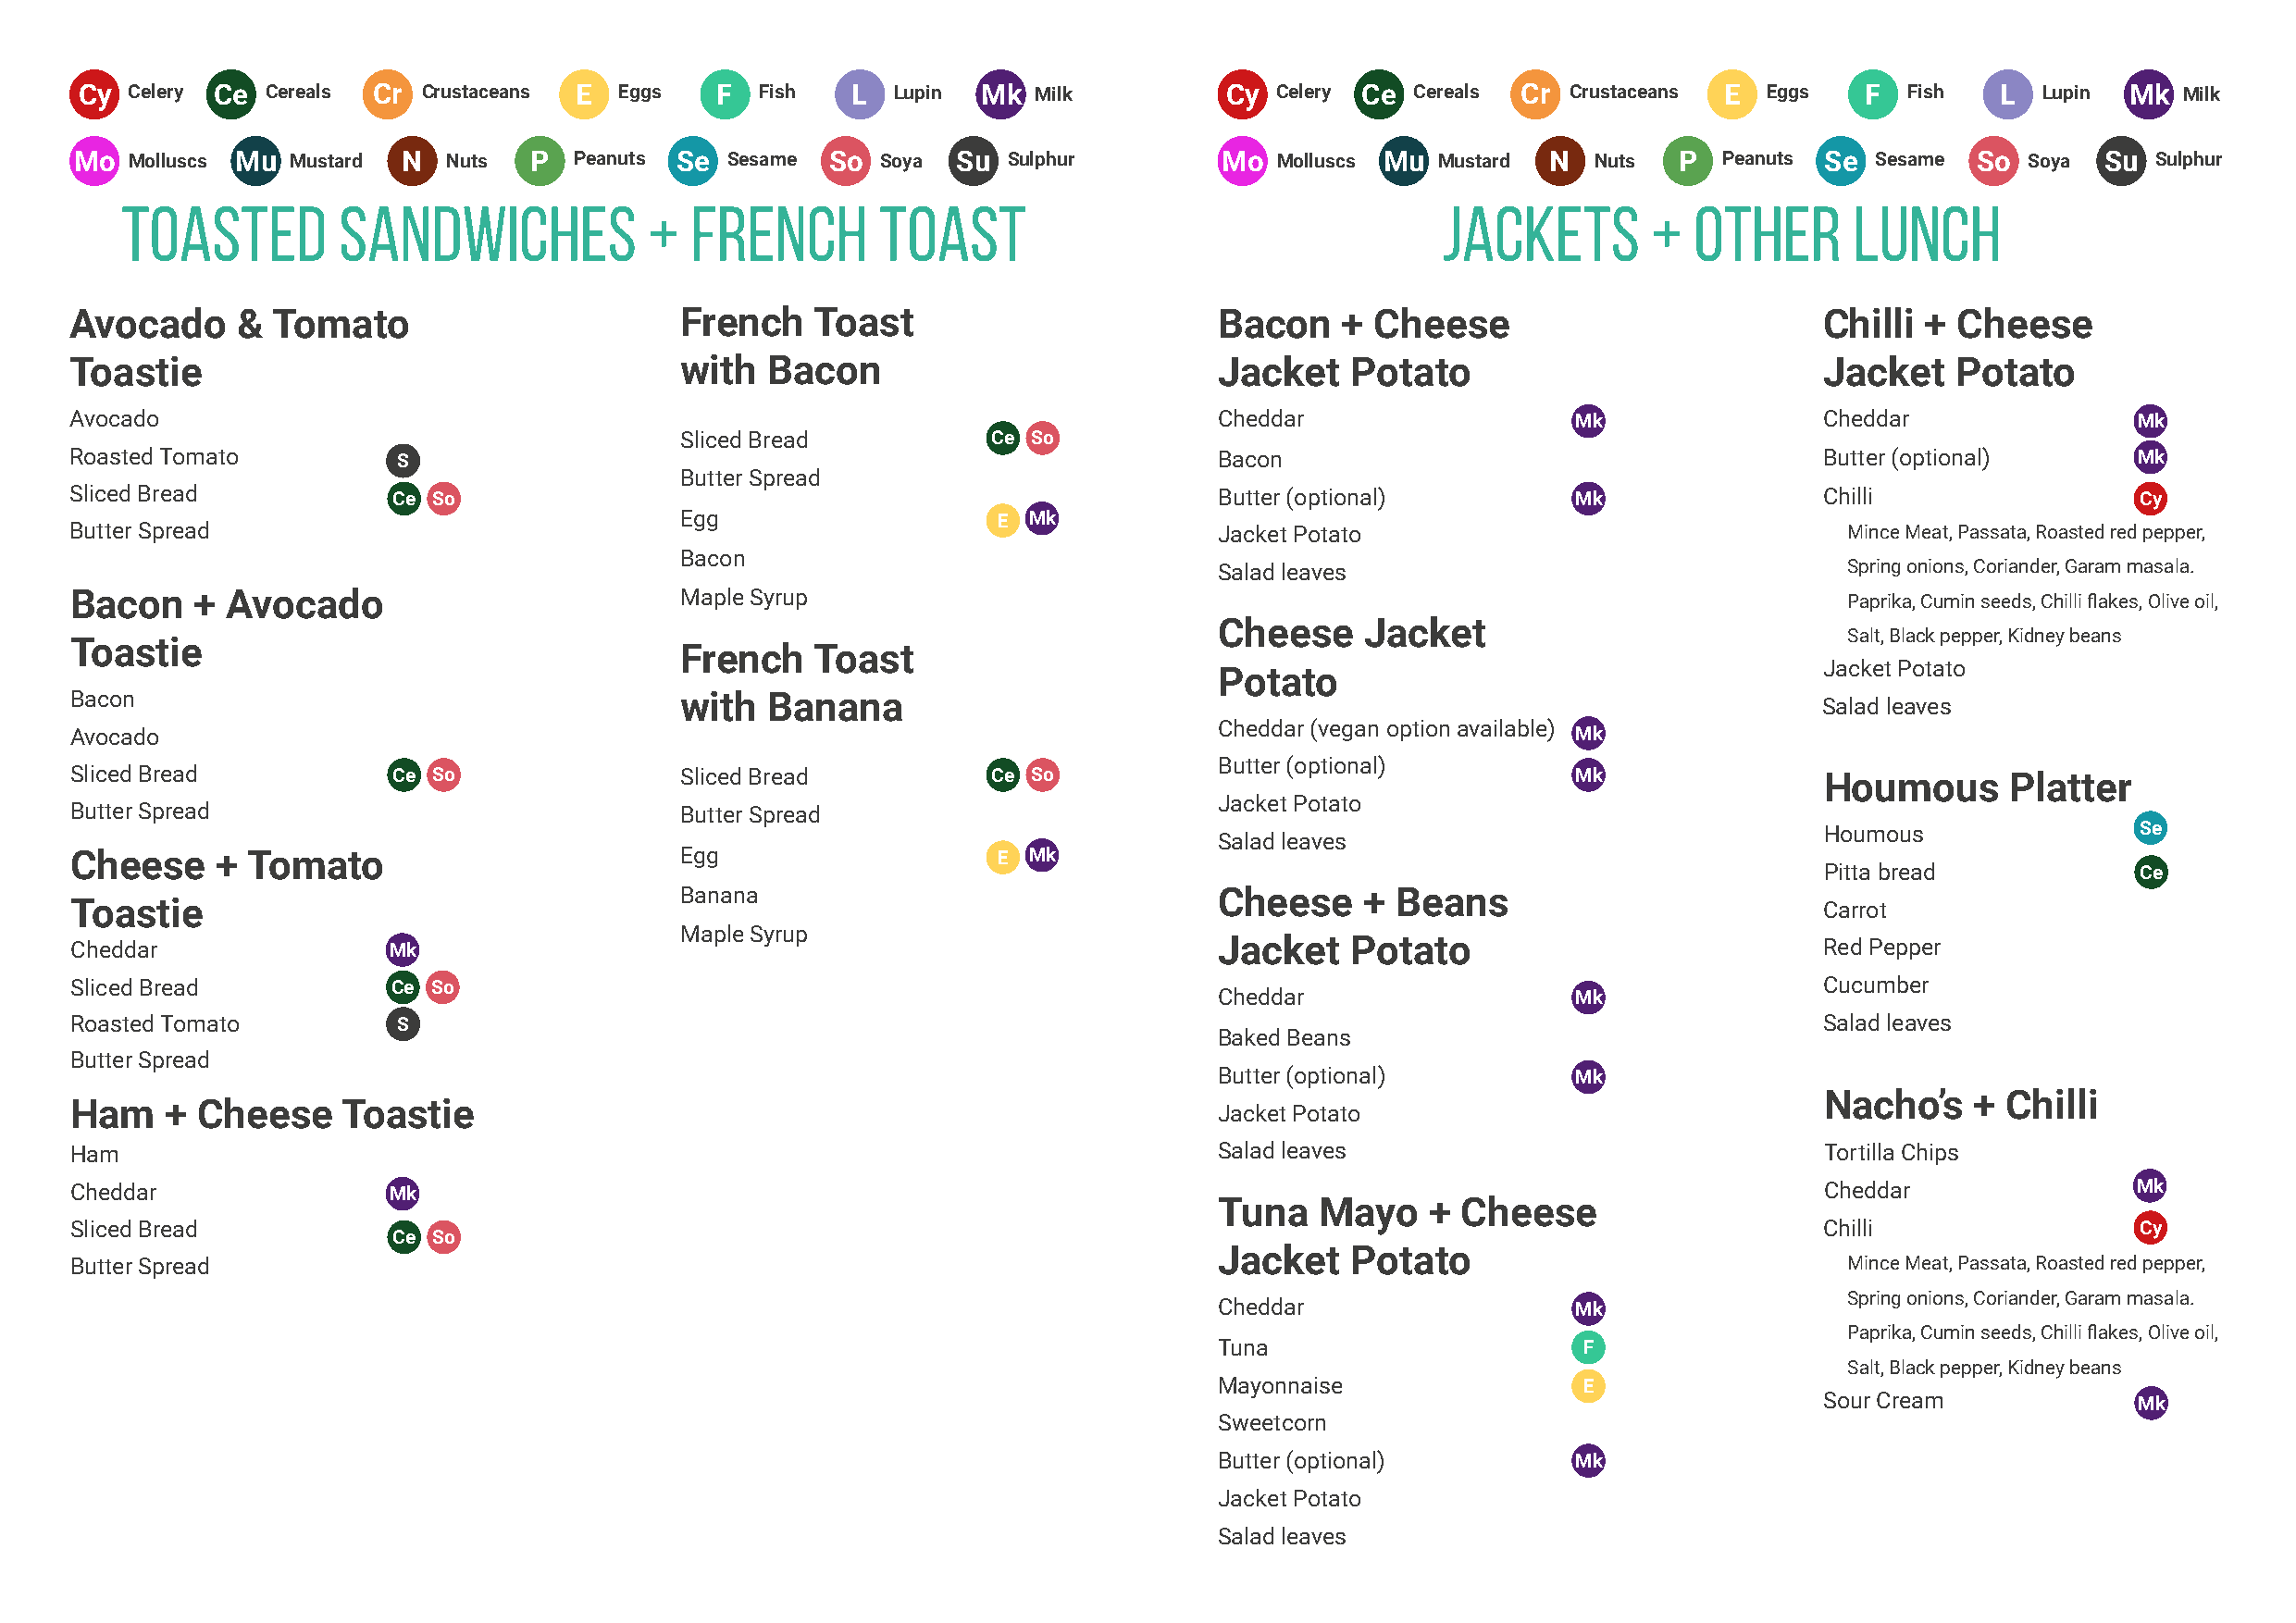
Cy Celery Ce Cereals Cr Crustaceans E Eggs   F  Fish   L  Lupin Mk  Milk          Cy Celery Ce Cereals Cr Crustaceans E Eggs   F  Fish   L  Lupin Mk  Milk
 Mo  Molluscs Mu Mustard N  Nuts  P  Peanuts Se Sesame So  Soya Su  Sulphur        Mo  Molluscs Mu Mustard N  Nuts  P  Peanuts Se Sesame So  Soya Su  Sulphur
 Toasted        Sandwiches            +  French        Toast                                   Jackets        +  Other       Lunch
 Avocado     &  Tomato                       French   Toast                        Bacon    + Cheese                          Chilli  + Cheese
 Toastie                                     with  Bacon                           Jacket    Potato                           Jacket    Potato
 Avocado                                                                           Cheddar                   Mk               Cheddar                Mk
 Sliced Bread          Ce So
 Roasted Tomato         S                                                          Bacon                                      Butter (optional)      Mk
 Butter Spread
 Sliced Bread           Ce So                                                      Butter (optional)         Mk               Chilli                 Cy
 Egg                   E  Mk
 Butter Spread                                                                     Jacket Potato                                Mince Meat, Passata, Roasted red pepper,
 Bacon
 Salad leaves                                 Spring onions, Coriander, Garam masala.
 Bacon    + Avocado                          Maple Syrup                                                                        Paprika, Cumin seeds, Chilli flakes, Olive oil,
 Cheese     Jacket
 Salt, Black pepper, Kidney beans
 Toastie
 French   Toast
 Jacket Potato
 Potato
 Bacon                                       with  Banana                                                                     Salad leaves
 Cheddar (vegan option available)
 Avocado                                                                                                     Mk
 Butter (optional)
 Sliced Bread           Ce So                Sliced Bread          Ce So                                     Mk               Houmous       Platter
 Jacket Potato
 Butter Spread                               Butter Spread
 Houmous                Se
 Salad leaves
 Cheese    +  Tomato                         Egg                   E  Mk
 Pitta bread            Ce
 Banana                                Cheese     + Beans
 Toastie                                                                                                                      Carrot
 Maple Syrup
 Cheddar                Mk                                                         Jacket    Potato                           Red Pepper
 Sliced Bread           Ce So                                                                                                 Cucumber
 Cheddar                   Mk
 Roasted Tomato         S                                                                                                     Salad leaves
 Baked Beans
 Butter Spread
 Butter (optional)         Mk
 Nacho’s    + Chilli
 Ham    + Cheese    Toastie                                                        Jacket Potato
 Ham                                                                               Salad leaves                               Tortilla Chips
 Cheddar                Mk                                                                                                    Cheddar                Mk
 Tuna   Mayo    +  Cheese
 Sliced Bread                                                                                                                 Chilli                 Cy
 Ce So
 Jacket    Potato
 Butter Spread                                                                                                                  Mince Meat, Passata, Roasted red pepper,
 Spring onions, Coriander, Garam masala.
 Cheddar                   Mk
 Paprika, Cumin seeds, Chilli flakes, Olive oil,
 Tuna                      F
 Salt, Black pepper, Kidney beans
 Mayonnaise                E
 Sour Cream             Mk
 Sweetcorn
 Butter (optional)         Mk
 Jacket Potato
 Salad leaves